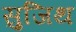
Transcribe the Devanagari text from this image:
सुजिथ